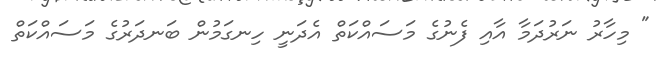
" މިހާރު ނަރުދަމާ އާއި ފެނުގެ މަސައްކަތް އެދަނީ ހިނގަމުން ބަނދަރުގެ މަސައްކަތް